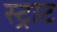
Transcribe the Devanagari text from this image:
स्ट्राट